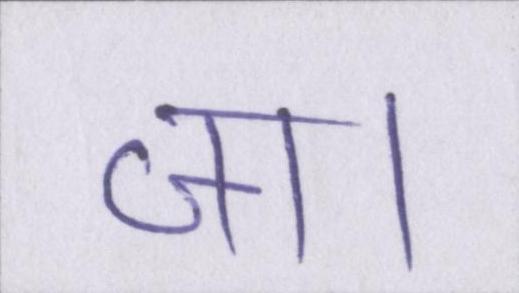
जा।